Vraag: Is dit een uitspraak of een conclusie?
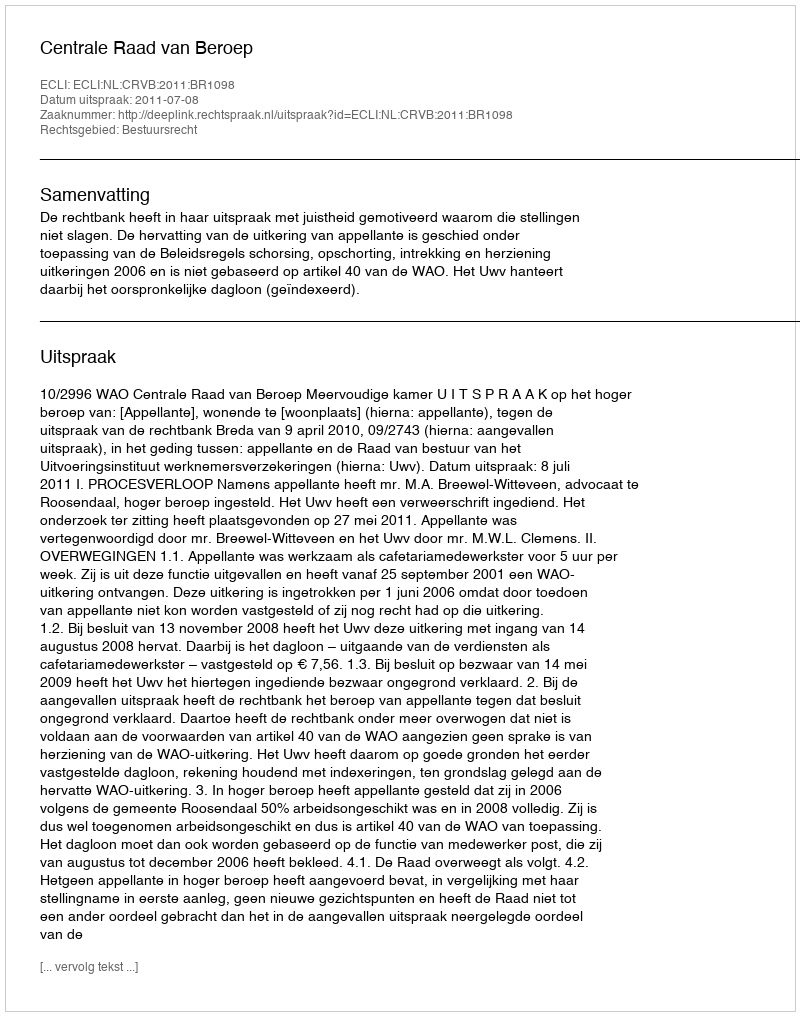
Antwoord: Uitspraak